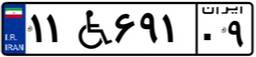
۵۴W۸۵۸۸۶